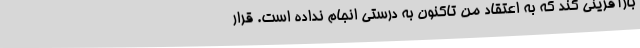
بازآفرینی کند که به اعتقاد من تاکنون به درستی انجام نداده است. قرار